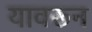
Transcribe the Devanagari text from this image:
यावरून